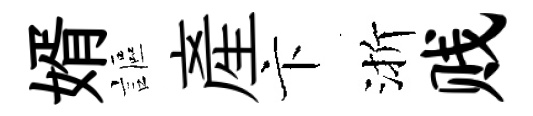
婿謳産卞渐贱